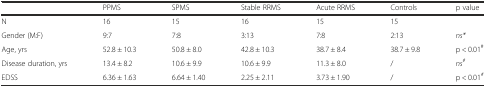
<table><thead><tr><td></td><td><b>PPMS</b></td><td><b>SPMS</b></td><td><b>Stable RRMS</b></td><td><b>Acute RRMS</b></td><td><b>Controls</b></td><td><b>p value</b></td></tr></thead><tbody><tr><td>N</td><td>16</td><td>15</td><td>16</td><td>15</td><td>15</td><td></td></tr><tr><td>Gender (M:F)</td><td>9:7</td><td>7:8</td><td>3:13</td><td>7:8</td><td>2:13</td><td><i>ns*</i></td></tr><tr><td>Age, yrs</td><td>52.8 ± 10.3</td><td>50.8 ± 8.0</td><td>42.8 ± 10.3</td><td>38.7 ± 8.4</td><td>38.7 ± 9.8</td><td>p &lt; 0.01<sup>#</sup></td></tr><tr><td>Disease duration, yrs</td><td>13.4 ± 8.2</td><td>10.6 ± 9.9</td><td>10.6 ± 9.9</td><td>11.3 ± 8.0</td><td>/</td><td><i>ns</i><sup><i>#</i></sup></td></tr><tr><td>EDSS</td><td>6.36 ± 1.63</td><td>6.64 ± 1.40</td><td>2.25 ± 2.11</td><td>3.73 ± 1.90</td><td>/</td><td>p &lt; 0.01<sup><i>#</i></sup></td></tr></tbody></table>